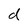
Character: d